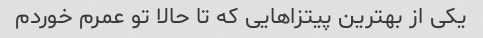
یکی از بهترین پیتزاهایی که تا حالا تو عمرم خوردم